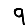
Digit: 9